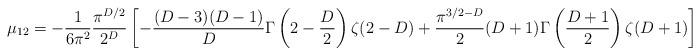
LaTeX: \begin{align*}\mu_{12}=-{1\over 6 \pi^2}{\pi^{D/2}\over 2^{D}}\left[- {(D-3)(D-1)\over D}\Gamma\left(2-{D\over 2}\right)\zeta(2-D) + {\pi^{3/2-D}\over 2} (D+1)\Gamma\left({D+1\over 2}\right)\zeta(D+1)\right] \, {\hbar L^{D-1}\over a^D}.\end{align*}